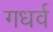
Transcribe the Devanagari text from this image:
गधर्व